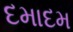
દમાદમ